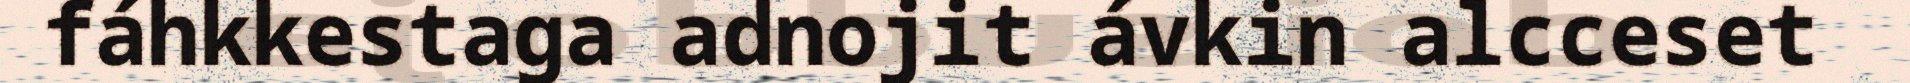
fáhkkestaga adnojit ávkin alcceset